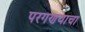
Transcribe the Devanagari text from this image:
परगणयाचा